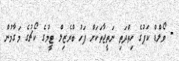
- ވޯލްޑް ކަޕުގެ ހިތްދަތި ނަތީޖާތަކަށް ފަހު ބްރެޒިލް ޓީމުގެ ކޯޗުގެ މަގާމުން